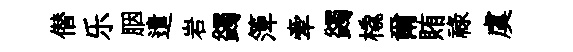
僣乐胭遣岩蠲𥱼牽蠲橇爾賄禄虞